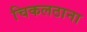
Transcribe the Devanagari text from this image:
चिकलठाना